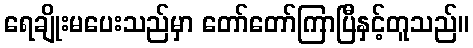
ရေချိုးမပေးသည်မှာ တော်တော်ကြာပြီနှင့်တူသည်။